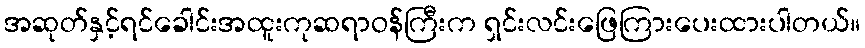
အဆုတ်နှင့်ရင်ခေါင်းအထူးကုဆရာဝန်ကြီးက ရှင်းလင်းဖြေကြားပေးထားပါတယ်။